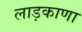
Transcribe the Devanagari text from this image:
लाड़काणा